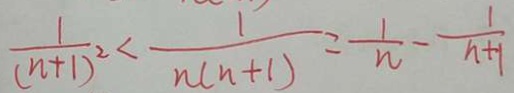
\frac { 1 } { ( n + 1 ) ^ { 2 } } < \frac { 1 } { n ( n + 1 ) } = \frac { 1 } { n } - \frac { 1 } { n + 1 }